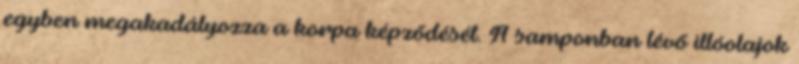
egyben megakadályozza a korpa képződését. A samponban lévő illóolajok